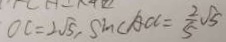
O C = 2 \sqrt { 5 } , \sin \angle A C C = \frac { 2 } { 5 } \sqrt { 5 }